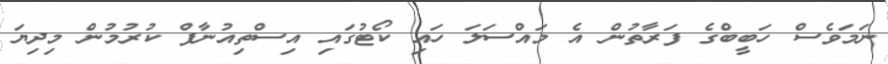
ނަމަވެސް ހަބީބްގެ ފަރާތުން އެ މައްސަލަ ހައި ކޯޓުގައި އިސްތިއުނާފް ކުރުމުން މިދިޔަ